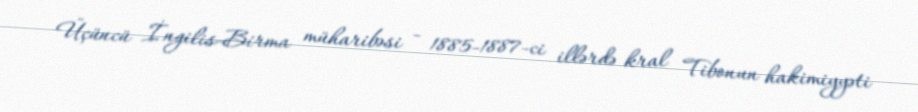
Üçüncü İngilis-Birma müharibəsi - 1885-1887-ci illərdə kral Tibonun hakimiyyəti